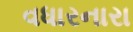
વધારનારા